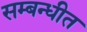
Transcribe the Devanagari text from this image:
सम्बन्धीत